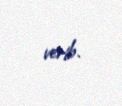
verib.